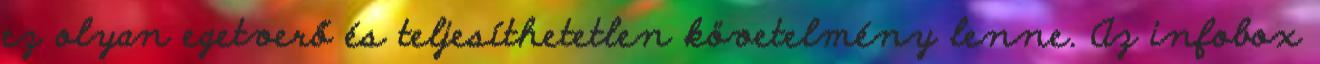
ez olyan egetverő és teljesíthetetlen követelmény lenne. Az infobox